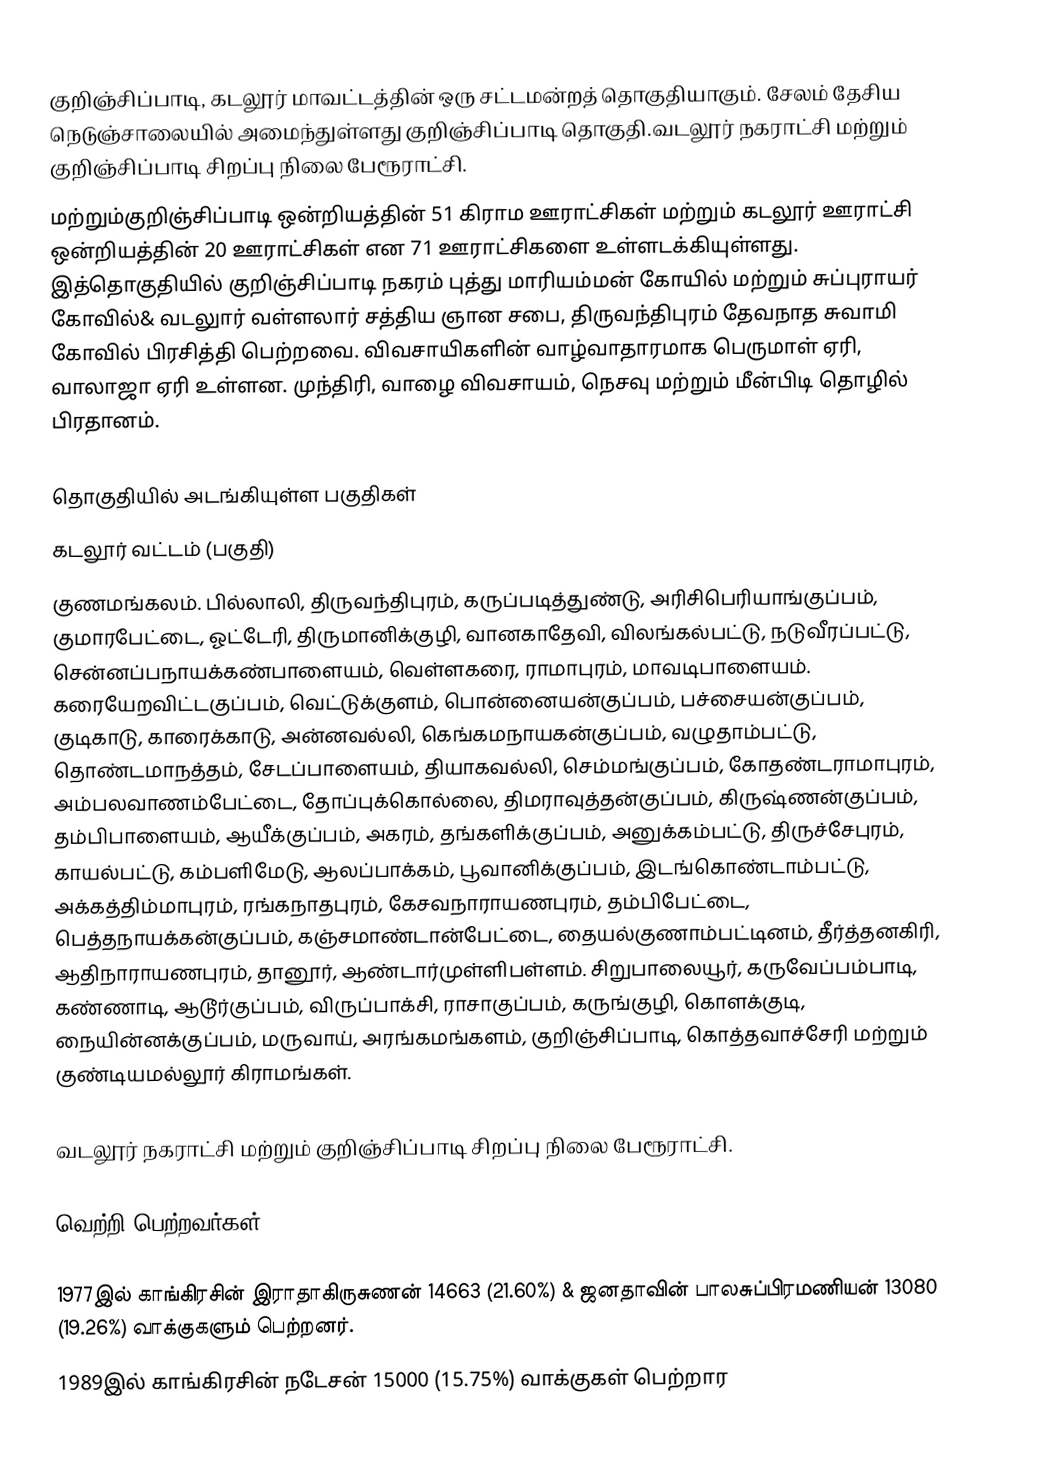
குறிஞ்சிப்பாடி, கடலூர் மாவட்டத்தின் ஒரு சட்டமன்றத் தொகுதியாகும். சேலம் தேசிய நெடுஞ்சாலையில் அமைந்துள்ளது குறிஞ்சிப்பாடி தொகுதி.வடலூர் நகராட்சி மற்றும் குறிஞ்சிப்பாடி சிறப்பு நிலை பேரூராட்சி.
 மற்றும்குறிஞ்சிப்பாடி ஒன்றியத்தின் 51 கிராம ஊராட்சிகள் மற்றும் கடலூர் ஊராட்சி ஒன்றியத்தின் 20 ஊராட்சிகள் என 71 ஊராட்சிகளை உள்ளடக்கியுள்ளது. இத்தொகுதியில் குறிஞ்சிப்பாடி நகரம் புத்து மாரியம்மன் கோயில் மற்றும் சுப்புராயர் கோவில்& வடலுார் வள்ளலார் சத்திய ஞான சபை, திருவந்திபுரம் தேவநாத சுவாமி கோவில் பிரசித்தி பெற்றவை. விவசாயிகளின் வாழ்வாதாரமாக பெருமாள் ஏரி, வாலாஜா ஏரி உள்ளன. முந்திரி, வாழை விவசாயம், நெசவு மற்றும் மீன்பிடி தொழில் பிரதானம்.

தொகுதியில் அடங்கியுள்ள பகுதிகள்
கடலூர் வட்டம் (பகுதி)
குணமங்கலம். பில்லாலி, திருவந்திபுரம், கருப்படித்துண்டு, அரிசிபெரியாங்குப்பம், குமாரபேட்டை, ஓட்டேரி, திருமானிக்குழி, வானகாதேவி, விலங்கல்பட்டு, நடுவீரப்பட்டு, சென்னப்பநாயக்கண்பாளையம், வெள்ளகரை, ராமாபுரம், மாவடிபாளையம். கரையேறவிட்டகுப்பம், வெட்டுக்குளம், பொன்னையன்குப்பம், பச்சையன்குப்பம், குடிகாடு, காரைக்காடு, அன்னவல்லி, கெங்கமநாயகன்குப்பம், வழுதாம்பட்டு, தொண்டமாநத்தம், சேடப்பாளையம், தியாகவல்லி, செம்மங்குப்பம், கோதண்டராமாபுரம், அம்பலவாணம்பேட்டை, தோப்புக்கொல்லை, திமராவுத்தன்குப்பம், கிருஷ்ணன்குப்பம், தம்பிபாளையம், ஆயீக்குப்பம், அகரம், தங்களிக்குப்பம், அனுக்கம்பட்டு, திருச்சேபுரம், காயல்பட்டு, கம்பளிமேடு, ஆலப்பாக்கம், பூவானிக்குப்பம், இடங்கொண்டாம்பட்டு, அக்கத்திம்மாபுரம், ரங்கநாதபுரம், கேசவநாராயணபுரம், தம்பிபேட்டை, பெத்தநாயக்கன்குப்பம், கஞ்சமாண்டான்பேட்டை, தையல்குணாம்பட்டினம், தீர்த்தனகிரி, ஆதிநாராயணபுரம், தானூர், ஆண்டார்முள்ளிபள்ளம். சிறுபாலையூர், கருவேப்பம்பாடி, கண்ணாடி, ஆடூர்குப்பம், விருப்பாக்சி, ராசாகுப்பம், கருங்குழி, கொளக்குடி, நையின்னக்குப்பம், மருவாய், அரங்கமங்களம், குறிஞ்சிப்பாடி, கொத்தவாச்சேரி மற்றும் குண்டியமல்லூர் கிராமங்கள்.

வடலூர் நகராட்சி மற்றும் குறிஞ்சிப்பாடி சிறப்பு நிலை பேரூராட்சி.

வெற்றி பெற்றவர்கள்

1977இல் காங்கிரசின்  இராதாகிருசுணன் 14663 (21.60%)  & ஜனதாவின் பாலசுப்பிரமணியன் 13080 (19.26%) வாக்குகளும் பெற்றனர்.
1989இல் காங்கிரசின் நடேசன் 15000 (15.75%) வாக்குகள் பெற்றார